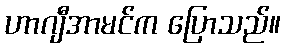
ဟာဂျီအာမင်က ပြောသည်။